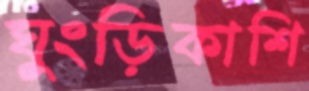
ঘুংড়িকাশি